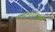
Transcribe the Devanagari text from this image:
भक्तीमार्गाप्रमाणे